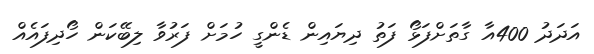
އަދަދު 400އާ ގާތަށްފަޅޯ ފަތު ދިޔައިން ޑެންގީ ހުމަށް ފަރުވާ ލިބޭކަން ހޯދިފައެއް